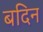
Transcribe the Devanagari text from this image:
बदिन